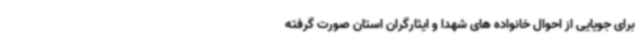
برای جویایی از احوال خانواده های شهدا و ایثارگران استان صورت گرفته